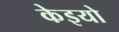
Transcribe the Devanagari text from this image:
केइयो